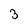
Character: 3